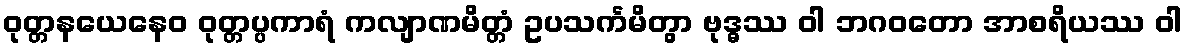
ဝုတ္တနယေနေဝ ဝုတ္တပ္ပကာရံ ကလျာဏမိတ္တံ ဥပသင်္ကမိတွာ ဗုဒ္ဓဿ ဝါ ဘဂဝတော အာစရိယဿ ဝါ